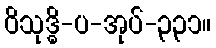
ဝိသုဒ္ဓိ-ပ-အုပ်-၃၃၁။